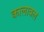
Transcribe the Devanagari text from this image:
कालावल